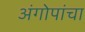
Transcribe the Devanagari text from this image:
अंगोपांचा